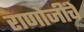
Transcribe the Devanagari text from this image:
राणोजींचे